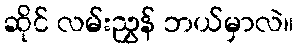
ဆိုင် လမ်းညွှန် ဘယ်မှာလဲ။